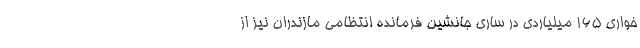
خواری 165 میلیاردی در ساری جانشین فرمانده انتظامی مازندران نیز از